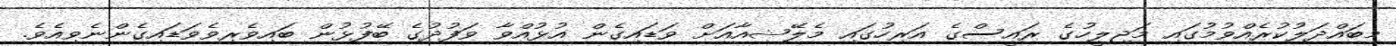
މިބައްދަލުކުރެއްވުމުގައި މަޖިލީހުގެ ރައީސްގެ އަރިހުގައި މެލޭޝިއާއަށް ވަޑައިގެން އުޅުއްވާ ވަފުދުގެ ބޭފުޅުން ބައިވެރިވެވަޑައިގެންނެވިއެވެ.